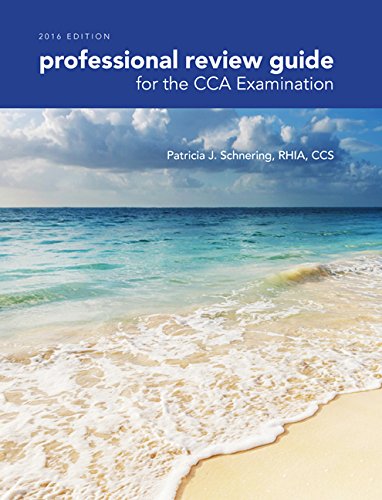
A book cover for Professional Review Guide for the CCA Examination, 2015 Edition (with Premium Web Site, 2 terms (12 months) Printed Access Card); Patricia Schnering; Medical Books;